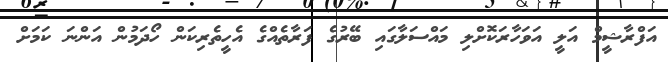
އަފްރާޝީމް އަލީ އަވަހާރަކޮށްލި މައްސަލާގައި ބޭރުގެ ފަރާތެއްގެ އެހީތެރިކަން ހޯދަމުން އަންނަ ކަމަށް